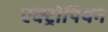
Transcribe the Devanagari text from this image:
एक्ट्रोपियन